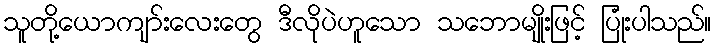
သူတို့ယောကျာ်းလေးတွေ ဒီလိုပဲဟူသော သဘောမျိုးဖြင့် ပြုံးပါသည်။